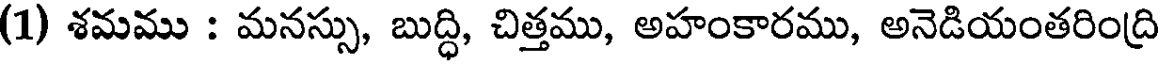
(1) శమము : మనస్సు, బుద్ధి, చిత్తము, అహంకారము, అనెడియంతరింద్రి